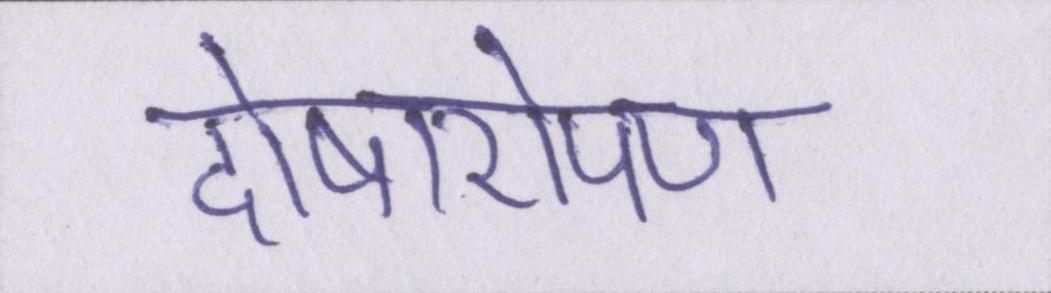
दोषारोपण